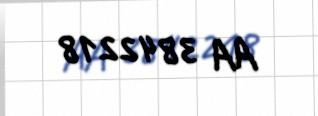
AA 3842218